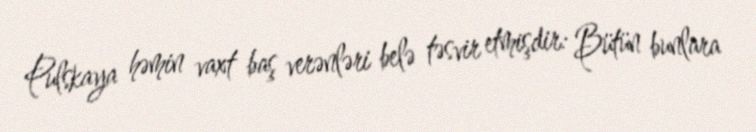
Pulskaya həmin vaxt baş verənləri belə təsvir etmişdir: Bütün bunlara